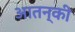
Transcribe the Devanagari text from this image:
आतन्की